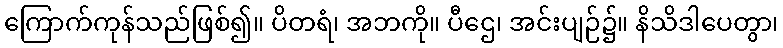
ကြောက်ကုန်သည်ဖြစ်၍။ ပိတရံ၊ အဘကို။ ပီဌေ၊ အင်းပျဉ်၌။ နိသိဒါပေတွာ၊